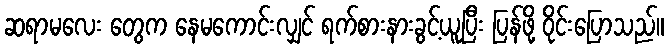
ဆရာမလေး တွေက နေမကောင်းလျှင် ရက်စားနားခွင့်ယူပြီး ပြန်ဖို့ ဝိုင်းပြောသည်။